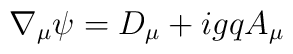
\nabla_{\mu}\psi = D_{\mu} + ig q A_{\mu}